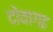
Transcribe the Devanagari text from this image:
दोवागढ